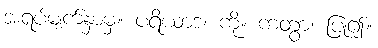
အရပ်မျက်နှာမှ။ ပရိယာဒံ၊ ကို။ ကတွာ၊ ပြု၍။